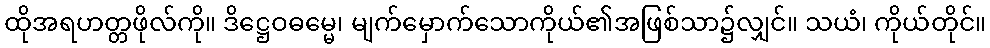
ထိုအရဟတ္တဖိုလ်ကို။ ဒိဋ္ဌေဝဓမ္မေ၊ မျက်မှောက်သောကိုယ်၏အဖြစ်သာ၌လျှင်။ သယံ၊ ကိုယ်တိုင်။